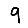
Digit: 9